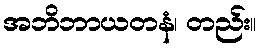
အဘိဘာယတနံ၊ တည်း။